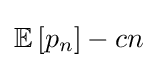
\mathbb {E} \left[p_{n}\right]-cn